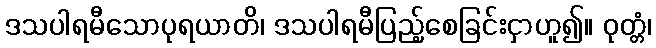
ဒသပါရမီသောပုရယာတိ၊ ဒသပါရမီပြည့်စေခြင်းငှာဟူ၍။ ဝုတ္တံ၊